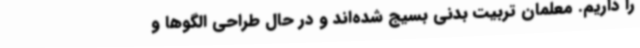
را داریم. معلمان تربیت بدنی بسیج شده‌اند و در حال طراحی الگوها و